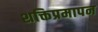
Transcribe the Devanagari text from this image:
शक्तिप्रमापन